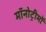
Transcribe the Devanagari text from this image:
मॉनोट्रीमों